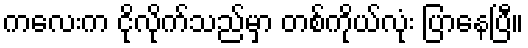
ကလေးက ငိုလိုက်သည်မှာ တစ်ကိုယ်လုံး ပြာနေပြီ။